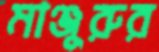
মাঞ্জুরুর